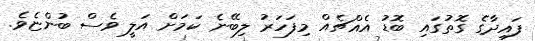
ފައިދާގެ ގޮތުގައި ބޮޑު އެއްޗެއް މިފަހަރު ލިބޭނެ ކަމަށް އަލީ ވެސް ބުންޏެވެ.